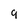
Character: 9